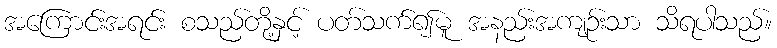
အကြောင်းအရင်း စသည်တို့နှင့် ပတ်သက်၍မူ အနည်းအကျဉ်းသာ သိရပါသည်။